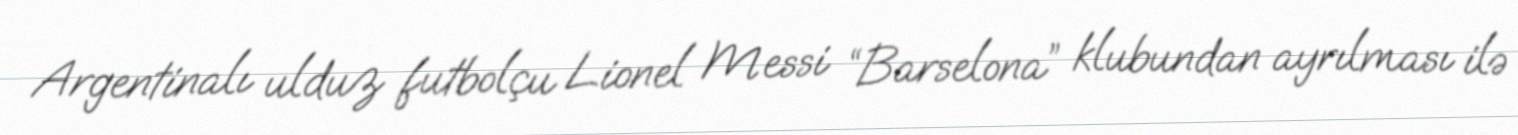
Argentinalı ulduz futbolçu Lionel Messi “Barselona” klubundan ayrılması ilə